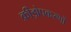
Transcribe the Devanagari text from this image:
क्रीड़ोपकरणों